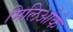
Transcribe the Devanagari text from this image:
मिलिओके